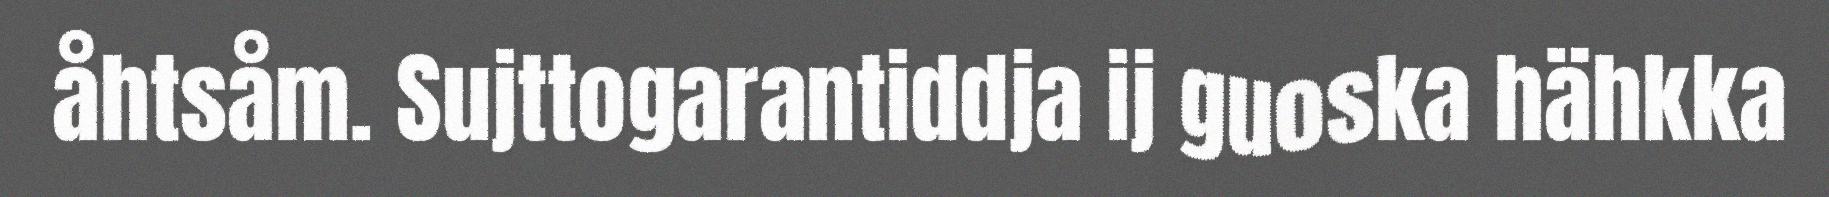
åhtsåm. Sujttogarantiddja ij guoska hähkka